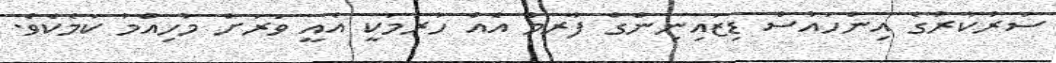
ސަރުކާރުގެ އިންހައުސް ޑިޒައިނިންގް ފާރމް އެއް ހުރުމަކީ އެއީ ވަރަށް މުހިއްމު ކަމެކެވެ.